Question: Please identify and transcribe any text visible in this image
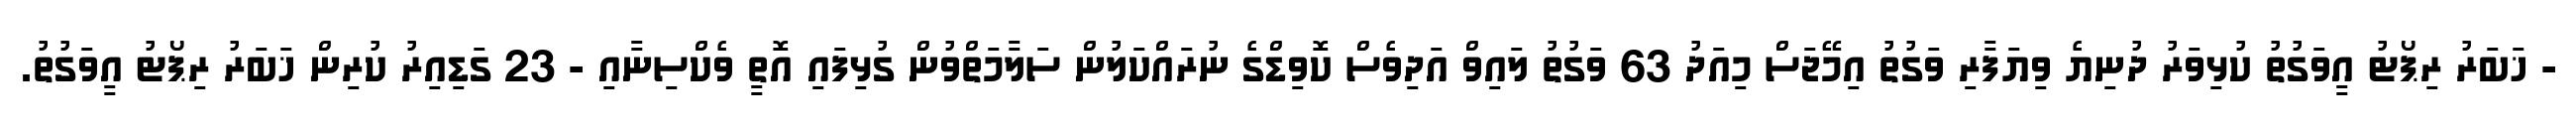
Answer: - ޚަބަރު ރިޕޯޓު އީވަގުތު ކުޅިވަރު ދުނިޔެ ވިޔަފާރި ވަގުތު އިމޭޖަސް މިއަދު 63 ވަގުތު ލައިވް އަދިވެސް ކޮވިޑްގެ ނުރައްކަލުން ސަލާމަތްވުން ގުޅިފައި އޮތީ ވެކްސިނާއި - 23 ގަޑިއިރު ކުރިން ޚަބަރު ރިޕޯޓު އީވަގުތު.